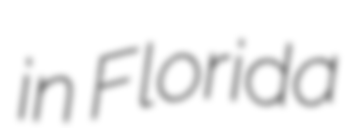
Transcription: in Florida